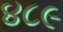
૪૮૯